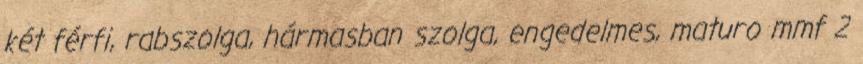
két férfi, rabszolga, hármasban szolga, engedelmes, maturo mmf 2